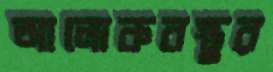
আলোকবস্তুর